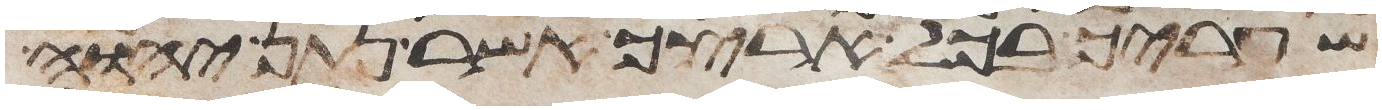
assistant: שעריך בכל ארצך אשר נתן יהוה